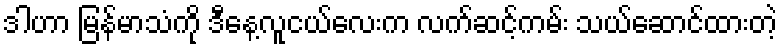
ဒါဟာ မြန်မာသံကို ဒီနေ့လူငယ်လေးက လက်ဆင့်ကမ်း သယ်ဆောင်ထားတဲ့